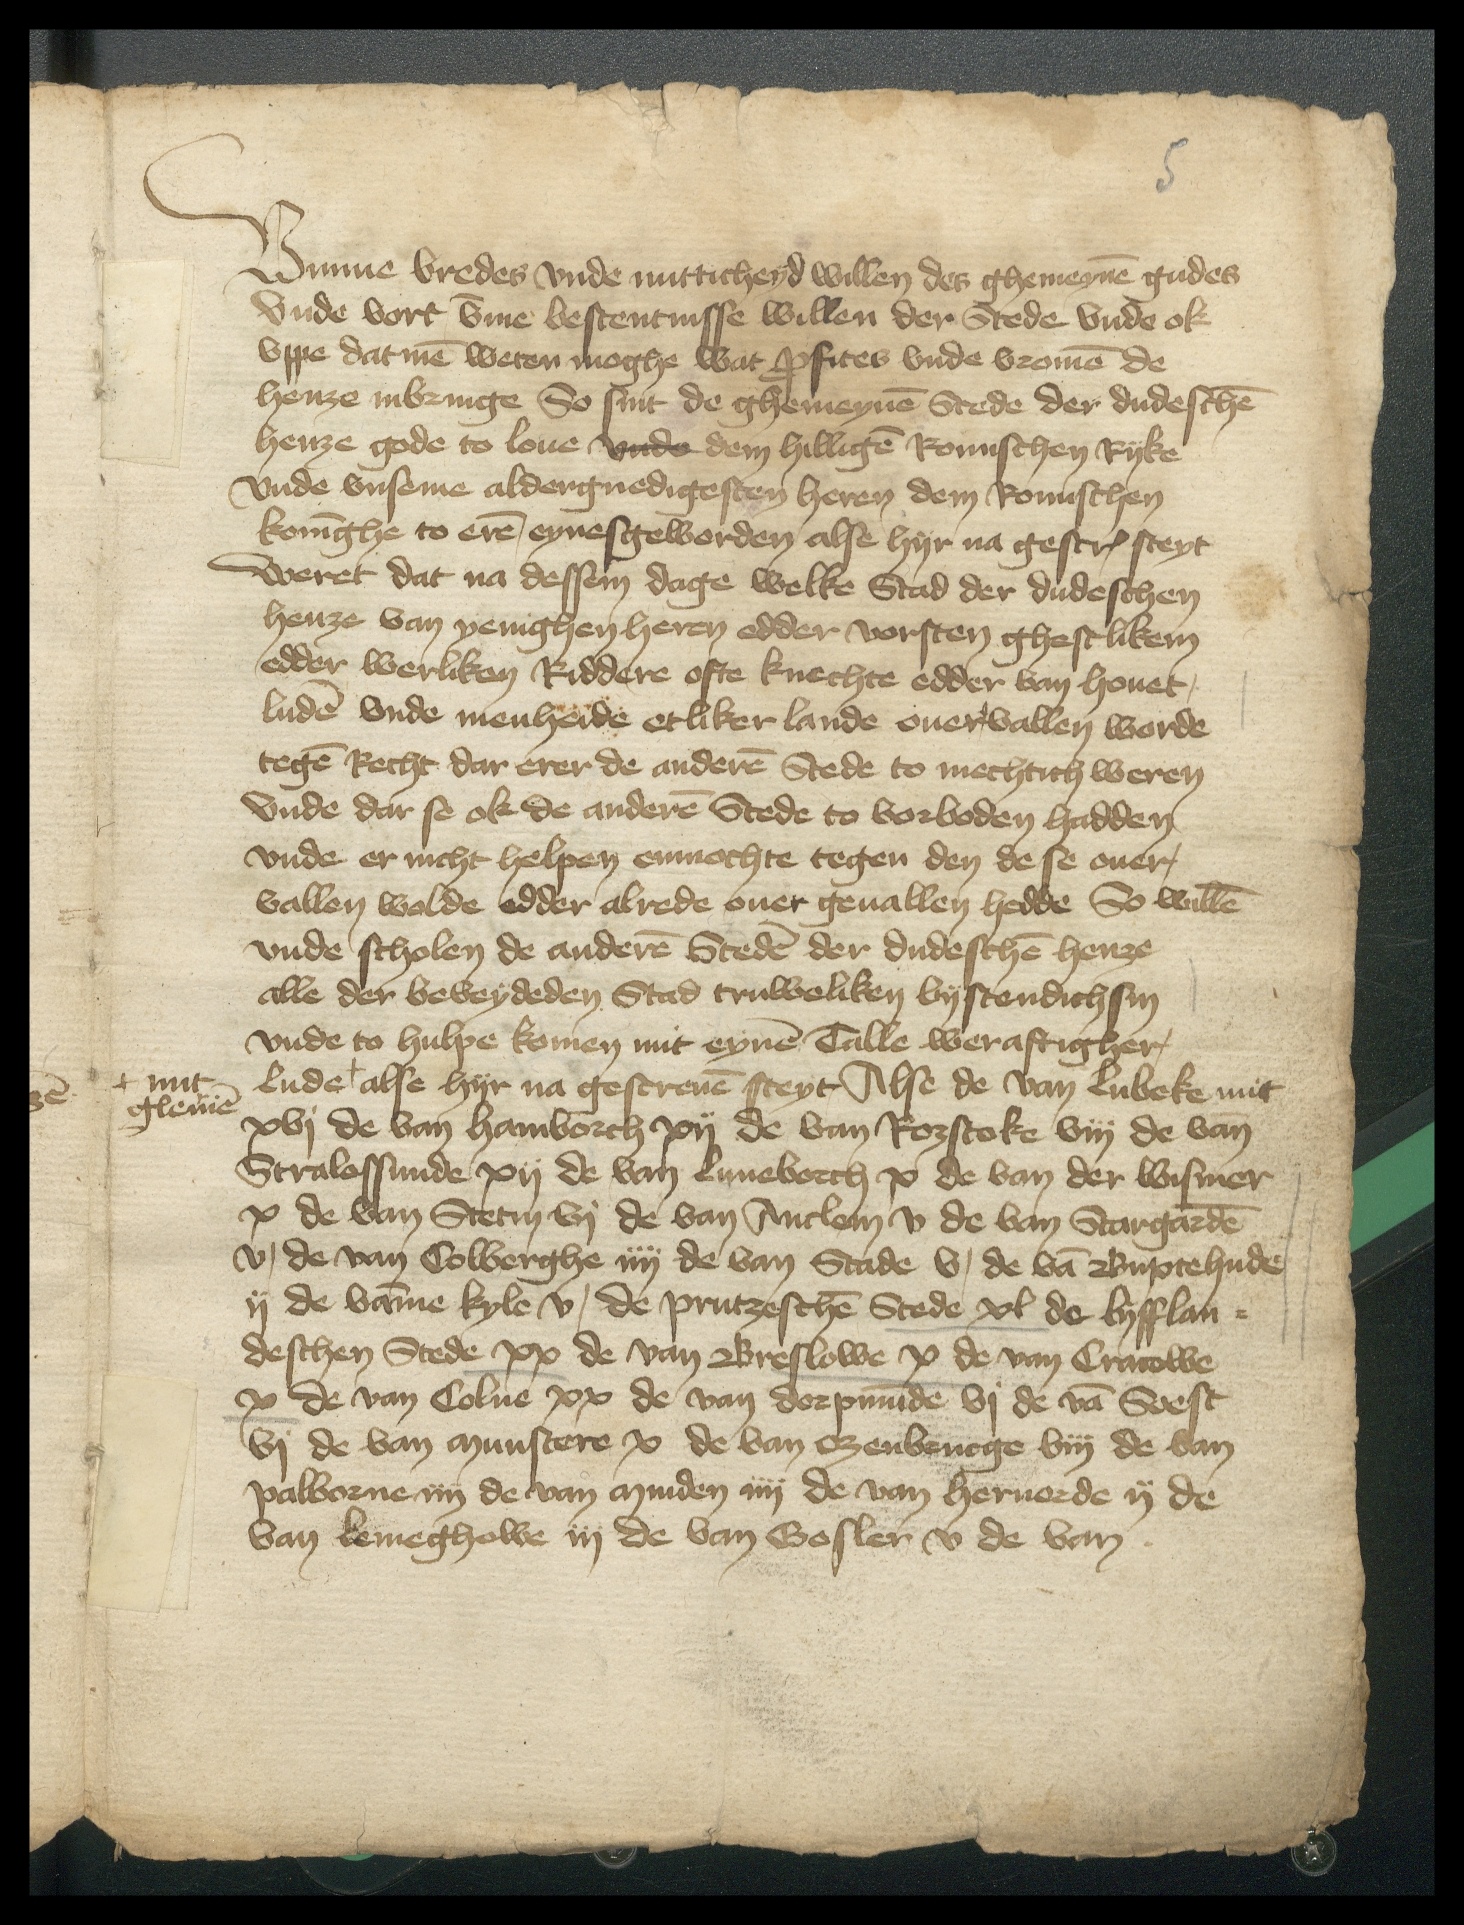
Vmme vredes vnde nutticheyd willen des ghemeynen gudes
vnde vort vmme bestentnisse willen der Stede vnde ok
vppe datmen weten moghe wat profites vnde vromen de
henze inbringe So sint de ghemeynen Stede der dudeschen
henze gode to loue vnde dem hilligen Romischen Ryke
vnde vnseme aldergnedigesten heren dem Romischen
koninghe to eren eynesgeworden alse hyr na gescreuen steyt
Weret dat na dessem dage welke Stad der dudeschen
henze van yenighen heren edder vorsten ghestlikem
edder werliken Riddere ofte knechte edder van houet
luden vnde menheide etliker lande ouervallen worde
tegen Recht dar erer de anderen Stede to mechtich weren
Vnde dar se ok de anderen Stede to vorboden hadden
vnde er nicht helpen enmochte tegen den de se ouer
vallen wolde edder alrede ouer geuallen hedde So willen
vnde scholen de anderen Steden der dudeschen henze
alle der beveydeden Stad truweliken bystendich sin
vnde to hulpe komen mit eynen Talle weraftigher
lude + alse hyr na gescreuen steyt, Alse de van Lubeke mit
xvj de van Hamborch xij de van Rozstoke viij de van
Stralessunde xij de van Luneborch x de van der Wismer
x de van Stetin vj de van Anclem v de van Stargarden
v, de van Colberghe iiij de van Stade v, de van Buxtehude
ij de vamme Kyle v, de Prutzeschen Stede xl de Lyfflan¬
deschen Stede xx de van Breslowe x de van Cracowe
x de van Colne xx de van Dorpmunde vj de van Soest
vj de van Munstere x de van Ozenbrucge viij de van
Palborne iiij de van Minden iiij de van Heruorde ij de
van Lemeghowe iij de van Gosler v de van

+ mit
glenien